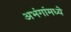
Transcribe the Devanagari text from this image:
अभंगांमध्ये